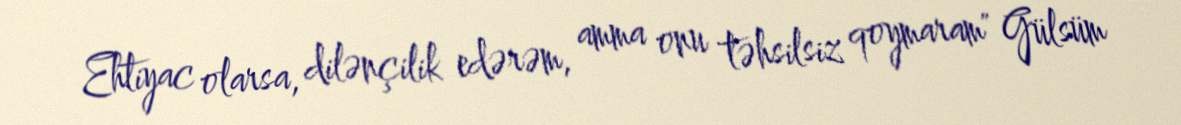
Ehtiyac olarsa, dilənçilik edərəm, amma onu təhsilsiz qoymaram" Gülsüm